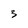
Character: 3